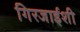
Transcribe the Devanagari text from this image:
गिरजाईशी